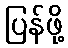
ပြန်ဖို့